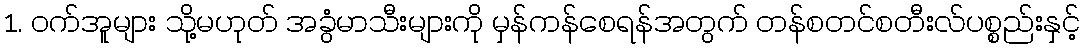
1. ဝက်အူများ သို့မဟုတ် အခွံမာသီးများကို မှန်ကန်စေရန်အတွက် တန်စတင်စတီးလ်ပစ္စည်းနှင့်